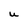
Character: U